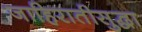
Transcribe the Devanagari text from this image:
जाहिरातीसुद्धा